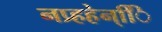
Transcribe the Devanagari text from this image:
नप्र्हहेन्िि